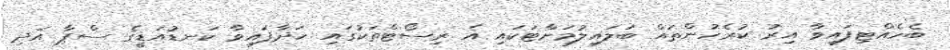
ބެހެއްޓިފައިވާ އިރު ކުރެހުންތައް ބަލައިލުމަށްޓަކައި އެ ރިސޯޓްތަކުގައި ހަދާފައިވާ ކަނޑުއަޑީގެ ސްޕާ އަދި